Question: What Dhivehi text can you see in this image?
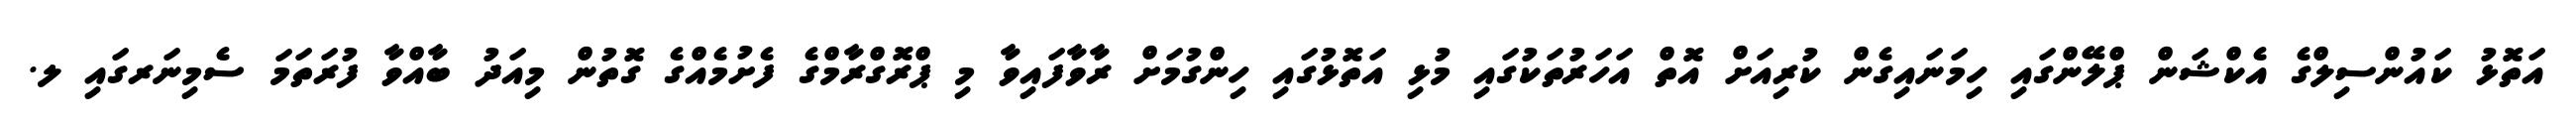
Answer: އަތޮޅު ކައުންސިލްގެ އެކްޝަން ޕްލޭންގައި ހިމަނައިގެން ކުރިއަށް އޮތް އަހަރުތަކުގައި މުޅި އަތޮޅުގައި ހިންގުމަށް ރާވާފައިވާ މި ޕްރޮގްރާމްގެ ފެށުމެއްގެ ގޮތުން މިއަދު ބާއްވާ ފުރަތަމަ ސެމިނަރގައި ލ.